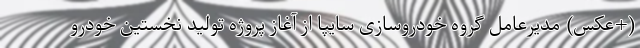
(+عکس) مدیرعامل گروه خودروسازی سایپا از آغاز پروژه تولید نخستین خودرو